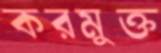
করমুক্ত